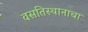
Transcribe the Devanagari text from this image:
वसतिस्थानाचा